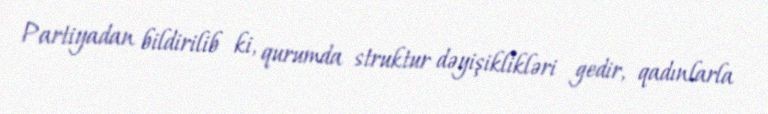
Partiyadan bildirilib ki, qurumda struktur dəyişiklikləri gedir, qadınlarla